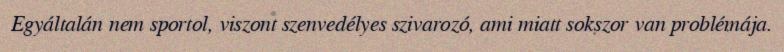
Egyáltalán nem sportol, viszont szenvedélyes szivarozó, ami miatt sokszor van problémája.